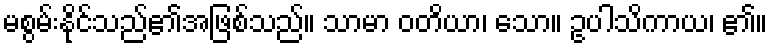
မစွမ်းနိုင်သည်၏အဖြစ်သည်။ သာမာ ဝတိယာ၊ သော။ ဥပါသိကာယ၊ ၏။